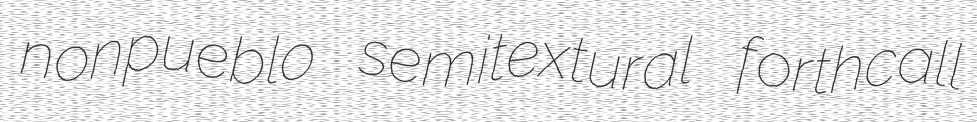
nonpueblo semitextural forthcall